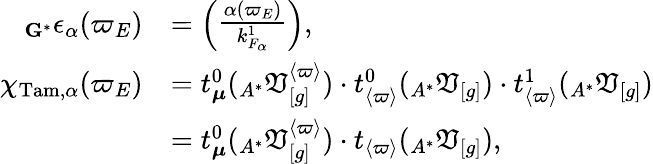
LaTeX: \begin{array}{rl}{_{\mathbf{G}^{\ast}}\epsilon_{\alpha}(\varpi_{E})}&{=\left(\begin{array}{l}{\frac{\alpha(\varpi_{E})}{k_{F_{\alpha}}^{1}}}\end{array}\right),}\\ {\chi_{\mathrm{Tam},\alpha}(\varpi_{E})}&{=t_{\boldsymbol{\mu}}^{0}(_{A^{\ast}}\mathfrak{V}_{[g]}^{\langle\varpi\rangle})\cdot t_{\langle\varpi\rangle}^{0}(_{A^{\ast}}\mathfrak{V}_{[g]})\cdot t_{\langle\varpi\rangle}^{1}(_{A^{\ast}}\mathfrak{V}_{[g]})}\\ &{=t_{\boldsymbol{\mu}}^{0}(_{A^{\ast}}\mathfrak{V}_{[g]}^{\langle\varpi\rangle})\cdot t_{\langle\varpi\rangle}(_{A^{\ast}}\mathfrak{V}_{[g]}),}\end{array}